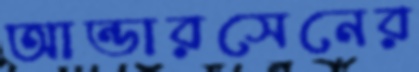
আন্ডারসেনের